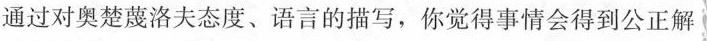
通过对奥楚蔑洛夫态度、语言的描写，你觉得事情会得到公正解